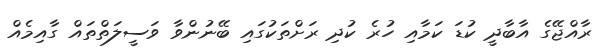
ރާއްޖޭގެ އާބާދީ ކުޑަ ކަމާއި ހުރެ ކުދި ރަށްތަކުގައި ބޭނުންވާ ވަސީލަތްތައް ގާއިމެއް